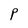
Character: P